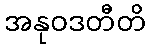
အနုဝဒတီတိ